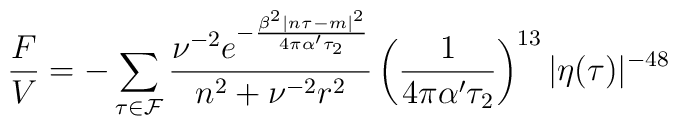
\frac{F}{V}=-\sum_{\tau\in{\cal F}}\frac{ \nu^{-2} e^{-\frac{\beta^2|n\tau-m|^2}{4\pi\alpha'\tau_2}} } {n^2+\nu^{-2}r^2}\left(\frac{1}{4\pi\alpha'\tau_2}\right)^{13}\vert\eta(\tau)\vert^{-48}